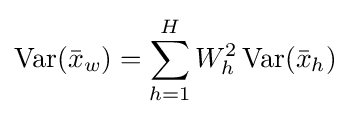
\operatorname {Var} ({\bar {x}}_{w})=\sum _{h=1}^{H}W_{h}^{2}\operatorname {Var} ({\bar {x}}_{h})